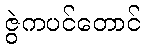
ဇွဲကပင်တောင်